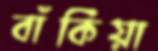
বাঁকিয়া